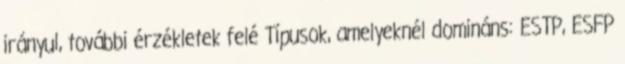
irányul, további érzékletek felé Típusok, amelyeknél domináns: ESTP, ESFP